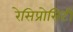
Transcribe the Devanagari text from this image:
रेसिप्रोसिटी